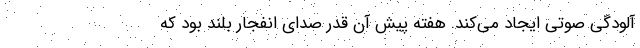
آلودگی صوتی ایجاد می‌کند. هفته پیش آن قدر صدای انفجار بلند بود که